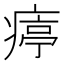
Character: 𤸥